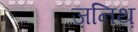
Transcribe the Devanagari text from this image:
ज़निथ़